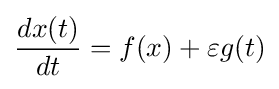
{\frac {dx(t)}{dt}}=f(x)+\varepsilon g(t)